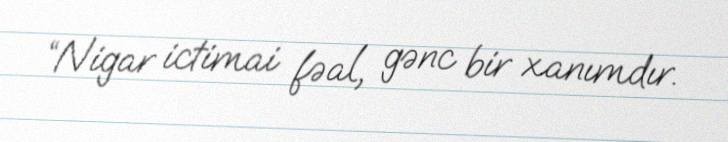
“Nigar ictimai fəal, gənc bir xanımdır.